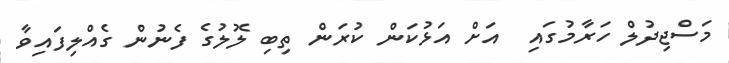
މަސްޖިދުލް ހަރާމުގައި  އަށް އަޅުކަން ކުރަން ތިބި ލޮލުގެ ފެނުން ގެއްލިފައިވާ